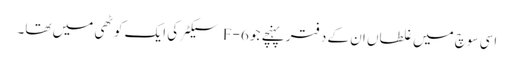
اسی سوچ میں غلطاں ان کے دفتر پہنچے جو F-6 سیکٹر کی ایک کوٹھی میں تھا۔